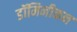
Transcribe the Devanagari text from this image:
डॉमिनीकन